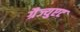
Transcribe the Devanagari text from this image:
ग्रैज्युएट